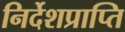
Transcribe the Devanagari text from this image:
निर्देशप्राप्ति